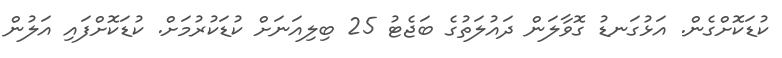
ކުޑަކޮށްގެން. އަޅުގަނޑު ގޮވާލަން ދައުލަތުގެ ބަޖެޓު 25 ބިލިއަނަށް ކުޑަކުރުމަށް. ކުޑަކޮށްފައި އަލުން